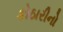
કોઠારીનો